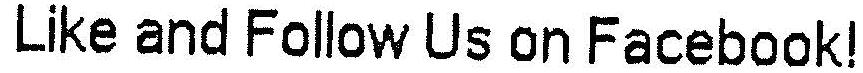
LIKE AND FOLLOW US ON FACEBOOK!